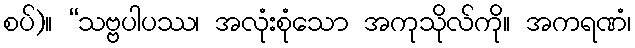
စပ်)။ “သဗ္ဗပါပဿ၊ အလုံးစုံသော အကုသိုလ်ကို။ အကရဏံ၊